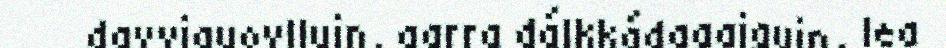
davviguovlluin, garra dálkkádagaiguin, lea